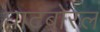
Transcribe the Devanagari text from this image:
घाटबोरल